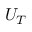
U _ { T }